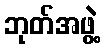
ဘုတ်အဖွဲ့